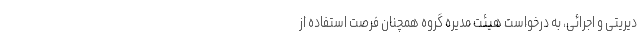
دیریتی و اجرائی، به درخواست هیئت مدیره گروه همچنان فرصت استفاده از